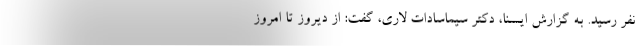
نفر رسید. به گزارش ایسنا، دکتر سیماسادات لاری، گفت: از دیروز تا امروز